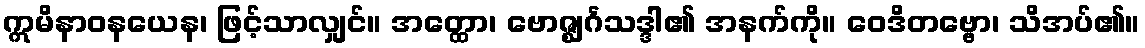
ဣမိနာဝနယေန၊ ဖြင့်သာလျှင်။ အတ္ထော၊ ဗောဇ္ဈင်္ဂသဒ္ဒါ၏ အနက်ကို။ ဝေဒိတဗ္ဗော၊ သိအပ်၏။